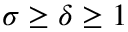
\sigma \ge \delta \ge 1